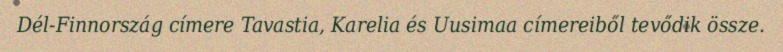
Dél-Finnország címere Tavastia, Karelia és Uusimaa címereiből tevődik össze.